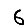
Digit: 6